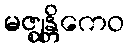
မဇ္ဈန္တိကေဝ